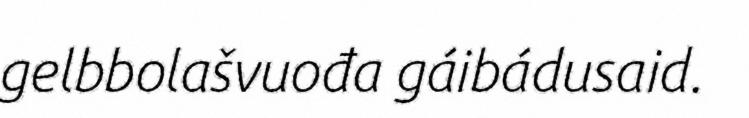
gelbbolašvuođa gáibádusaid.